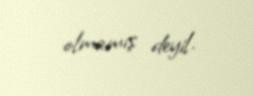
olmamış deyil.